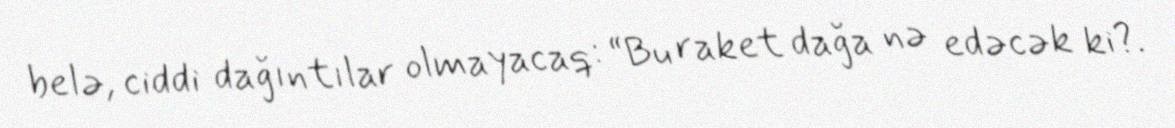
belə, ciddi dağıntılar olmayacaq: “Bu raket dağa nə edəcək ki?.